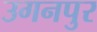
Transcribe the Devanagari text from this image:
उगनपुर